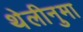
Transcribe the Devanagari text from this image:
थेलीनुमा